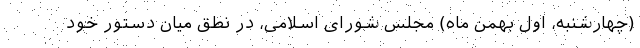
(چهارشنبه، اول بهمن ماه) مجلس شورای اسلامی، در نطق میان دستور خود